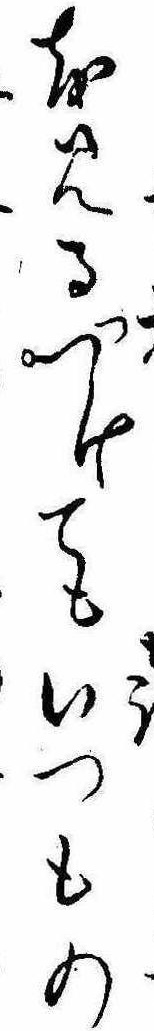
を見るつけてもいつもの